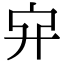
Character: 𠂂